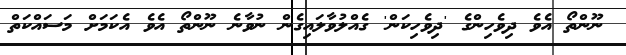
ނޫންތޯ އެވެ ދިވެހިންގެ 'ދިވެހިކަން' ގެއްލުވާލައިގެން ނުވާނެ ނޫންތޯ އެވެ އެކަމަށް މަސައްކަތް